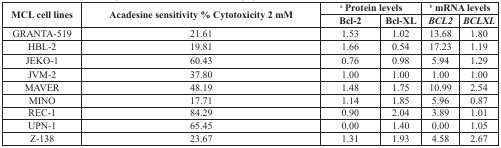
| <ROWSPAN=2> MCL cell lines | <ROWSPAN=2> Acadesine sensitivity % Cytotoxicity 2 mM | <COLSPAN=2> a Protein levels | <COLSPAN=2> b mRNA levels |
 | Bcl-2 | Bcl-XL | BCL2 | BCLXL |
 | --- | --- | --- | --- | --- | --- |
 | GRANTA-519 | 21.61 | 1.53 | 1.02 | 13.68 | 1.80 |
 | HBL-2 | 19.81 | 1.66 | 0.54 | 17.23 | 1.19 |
 | JEKO-1 | 60.43 | 0.76 | 0.98 | 5.94 | 1.29 |
 | JVM-2 | 37.80 | 1.00 | 1.00 | 1.00 | 1.00 |
 | MAVER | 48.19 | 1.48 | 1.75 | 10.99 | 2.54 |
 | MINO | 17.71 | 1.14 | 1.85 | 5.96 | 0.87 |
 | REC-1 | 84.29 | 0.90 | 2.04 | 3.89 | 1.01 |
 | UPN-1 | 65.45 | 0.00 | 1.40 | 0.00 | 1.05 |
 | Z-138 | 23.67 | 1.31 | 1.93 | 4.58 | 2.67 |